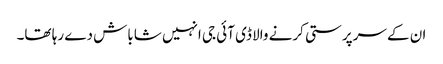
ان کے سرپرستی کرنے والا ڈی آئی جی انہیں شاباش دے رہا تھا۔